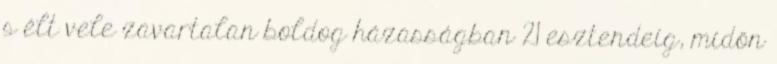
s élt vele zavartalan boldog házasságban 21 esztendeig, midőn